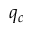
q _ { c }